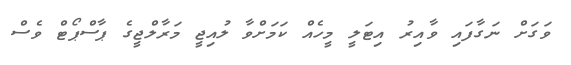
ވަގަށް ނަގާފައި ވާއިރު އިޓަލީ މީހެއް ކަމަށްވާ ލުއިޖީ މަރާލްޖީގެ ޕާސްޕޯޓް ވެސް